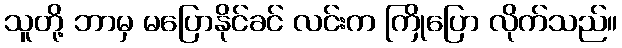
သူတို့ ဘာမှ မပြောနိုင်ခင် လင်းက ကြိုပြော လိုက်သည်။